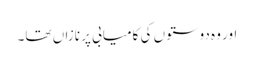
اور وہ دوستوں کی کامیابی پر نازاں تھا۔